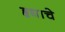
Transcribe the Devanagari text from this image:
हृद्याचे